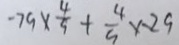
- 7 9 \times \frac { 4 } { 9 } + \frac { 4 } { 9 } \times - 2 9